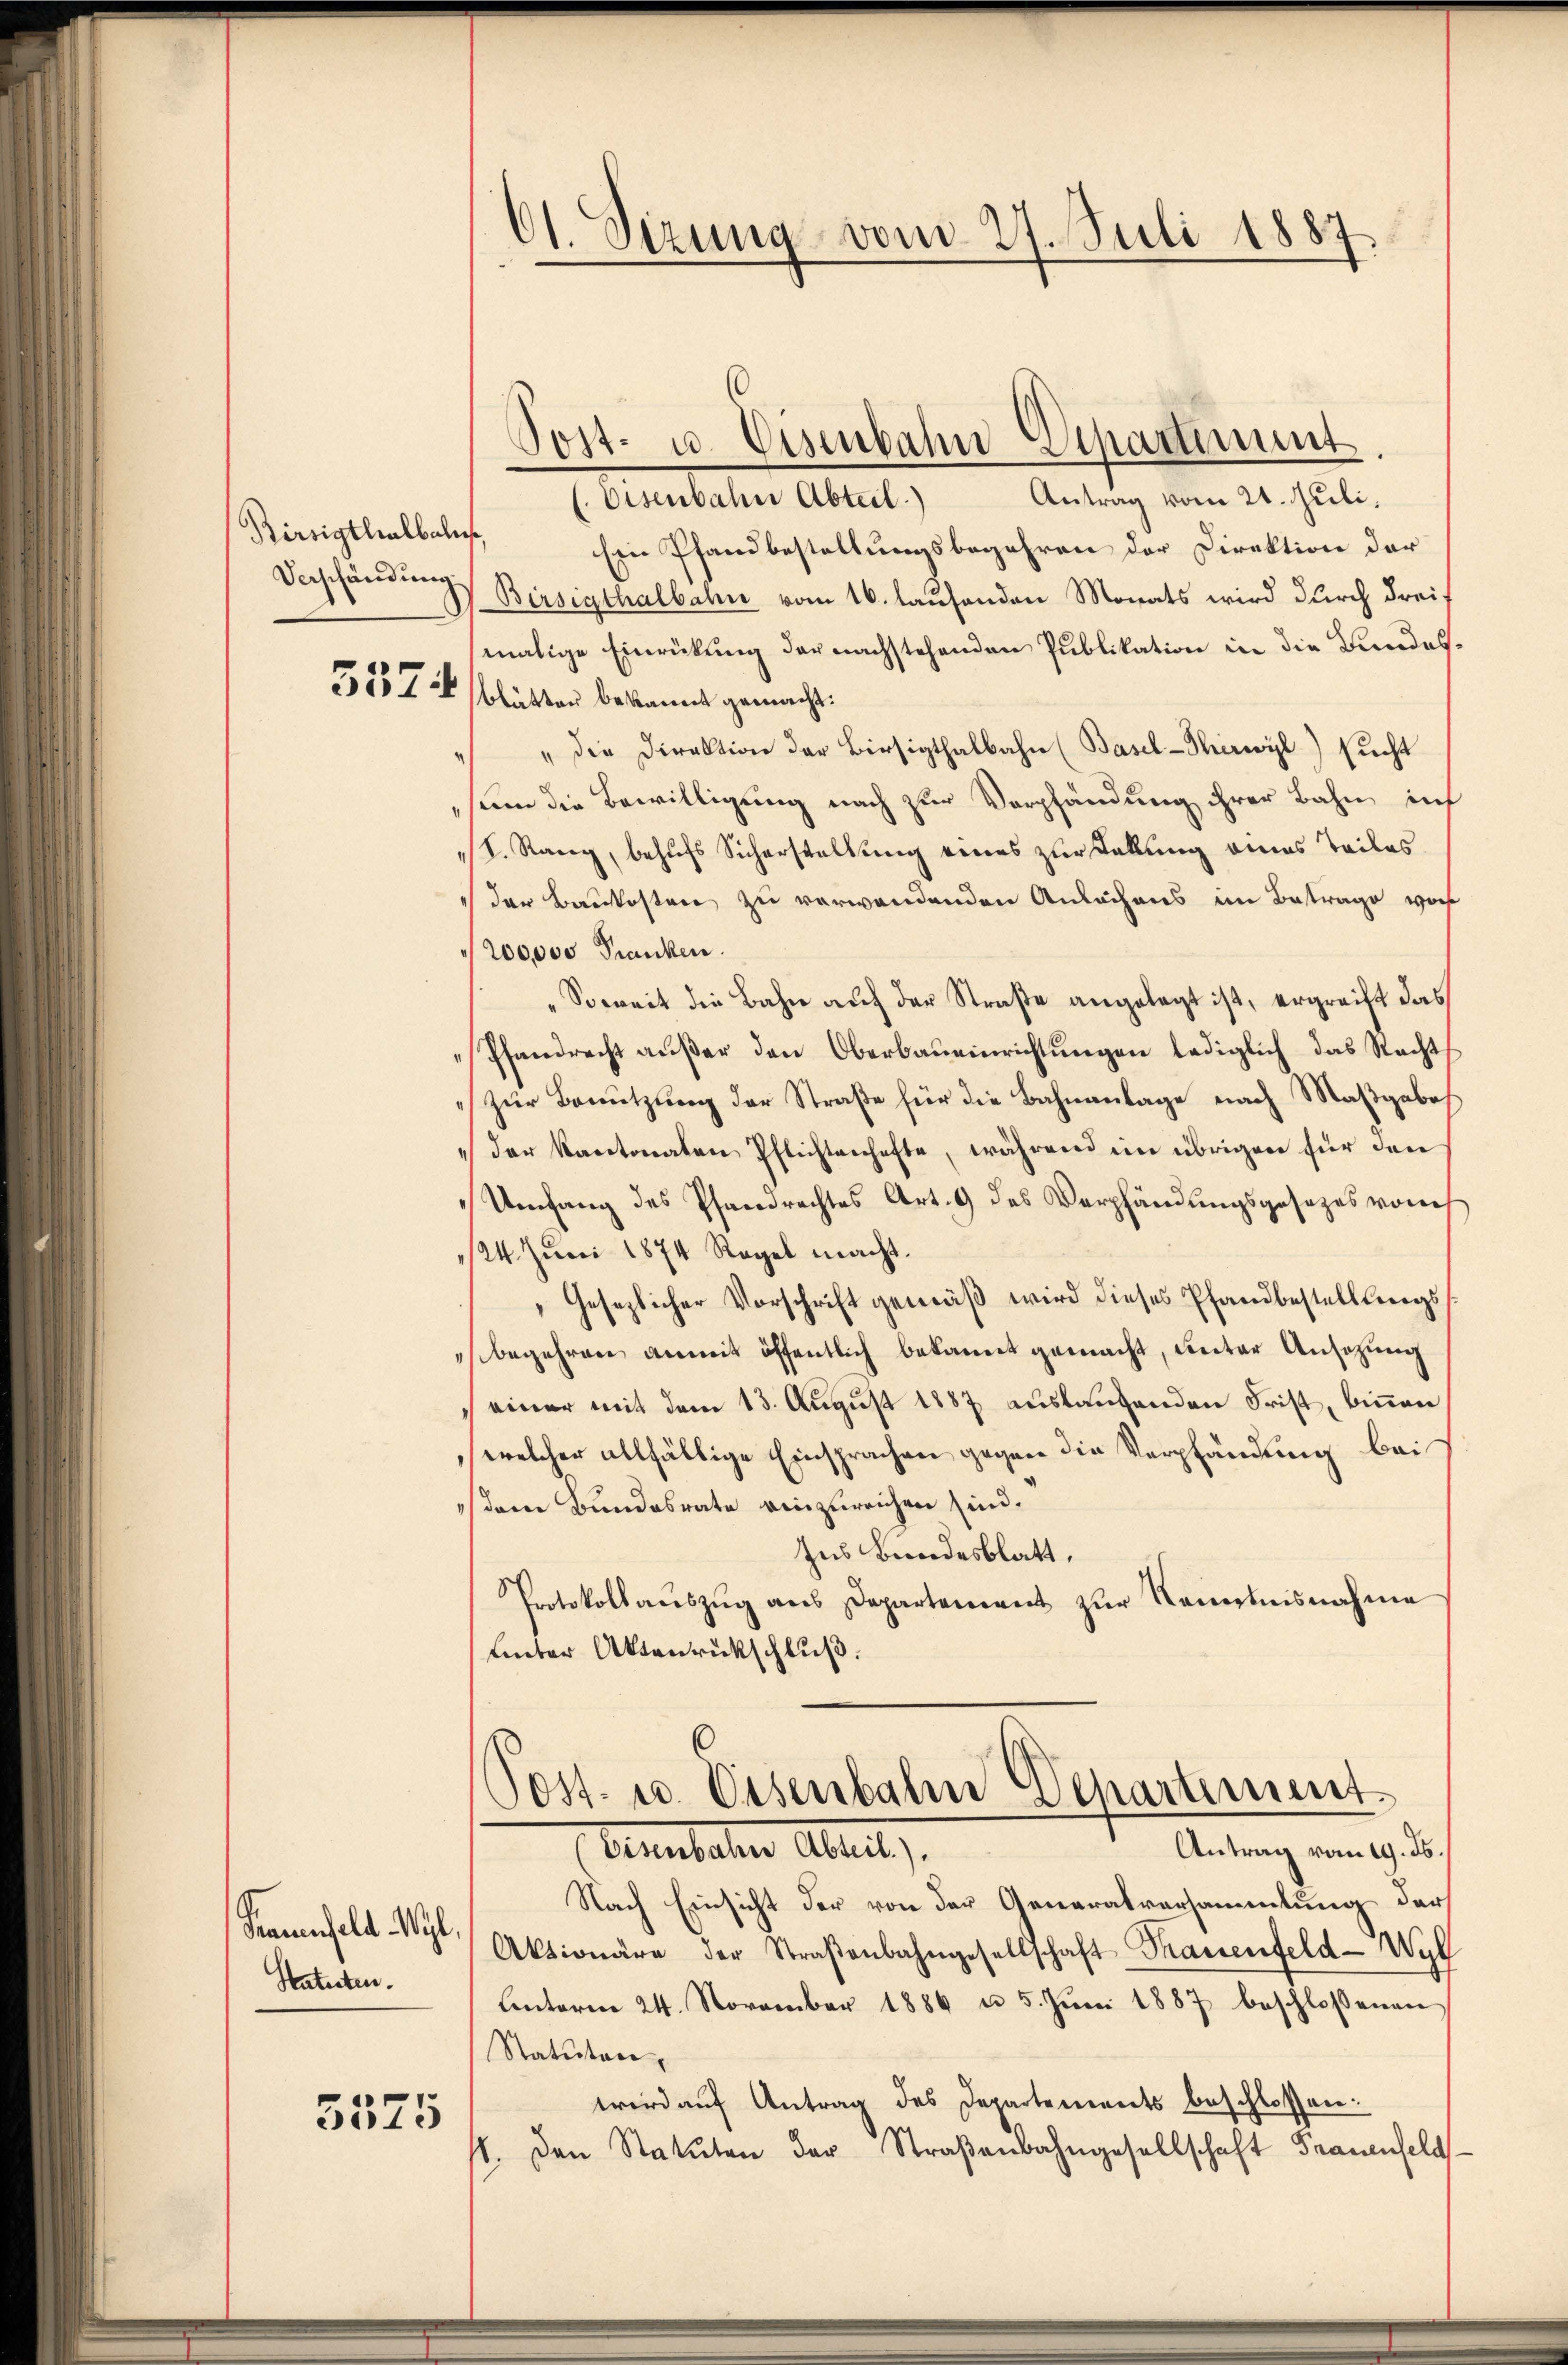
Rirsigthalbalis,

Kaminfeld Wyl
Katasten.

5575

Eisenbahn Abteil.) Antrag vom 21. Juli.
Ein Pfandbestellungsbegehren der Direktion der
Verschändung Bersigthalbahn vom 16. laufenden Monats wird durch dreif
malige Einrückung der nachstehenden Publikation in die Bundes¬
5557 blätten bekannt gemacht.
" die Direktion der Birsigthalbahn (Basel-Thirwyl) sucht
sinn die Bewilligung nach zur Verpfändung ihrer Bahn in
S. Rang, behufs Sicherstellung eines zur Sekung eines Teiles
 der Baukosten zu verwandenden Anlächens im Betrage vorh
200000 Franken.
„Soweit die Bahn auf der Straße angelegt ist, ergreift das
Pfandrecht außer den Oberbaueinrichtungen lediglich das Rechts
zur Benutzung der Straße für die Bahnanlage nach Maßgaboh
der Kantonaten Pflichtenhafte, während im übrigen für den
Umfang des Pfandrechtes Art. 9 des Verpfändungsgesezes von
124. Juni 1874 Regel macht.
Gesezlicher Vorschrift gemäß wird dieses Pfandbestellungsbegehren anmit öffentlich bekannt gemacht, unter Ansezung
einer mit dem 13. August 1887 auslaufenden Frist, binnen
welcher allfällige Einsprachen gegen die Verpfändung bei
dem Bundesrate reinzureichen sind.
Ins Bundesblatt.
Protokollaŭszŭg ans Departement zur Namensnahme
uinter Aktenrückschluß.
6
Post- u. Eisenbahn Departement
Antrag vom 19. ds.
Feuerbaler Abteil,
Nach Einsicht der von der Generalversammlung der
Aktionäre der Straβenbahngesellschaft Trauenfeld-Wyl
Unterm 24. November 1886 u. 5. Jŭni 1887 beschloßenen
Statuten,
wird auf Antrag des Departements beschlossen:
/. den Statuten der Straßenbahngesellschaft Frauenfeld

C1. Sizung vom 27. Juli 1887.

.

Post- u. Eisenbahn-Sipartimmt